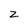
Character: z